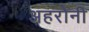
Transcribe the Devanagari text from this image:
अहरोनी